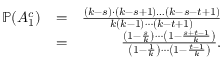
\begin{array} { r l r } { \mathbb { P } ( A _ { 1 } ^ { c } ) } & { = } & { \frac { ( k - s ) \cdot ( k - s + 1 ) \ldots ( k - s - t + 1 ) } { k ( k - 1 ) \cdots ( k - t + 1 ) } } \\ & { = } & { \frac { \left( 1 - \frac { s } { k } \right) \cdots \left( 1 - \frac { s + t - 1 } { k } \right) } { \left( 1 - \frac { 1 } { k } \right) \cdots \left( 1 - \frac { t - 1 } { k } \right) } . } \end{array}